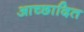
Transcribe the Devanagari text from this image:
आच्‍छादित